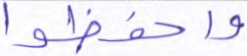
واحفظوا